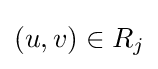
(u,v)\in R_{j}